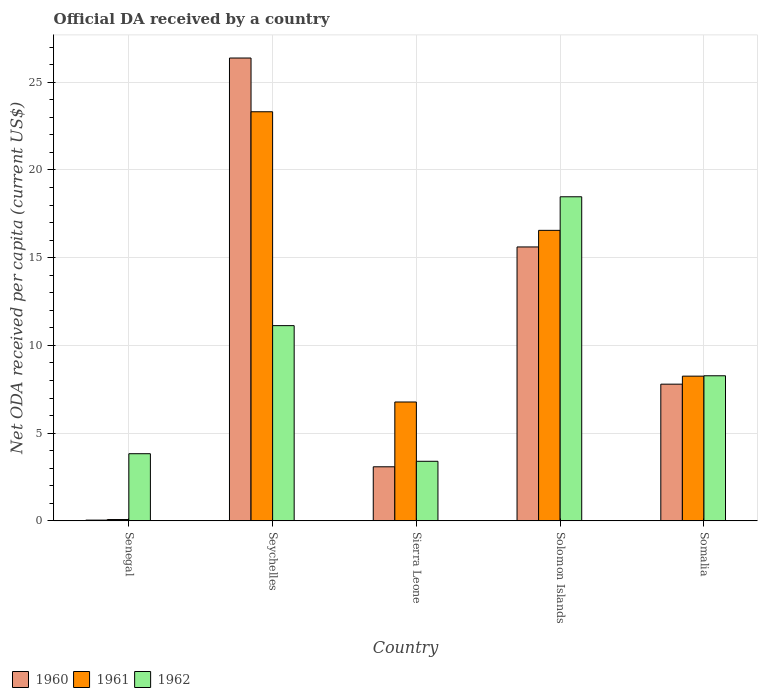
| Country | 1960 | 1961 | 1962 |
 | --- | --- | --- | --- |
 | Senegal | 0.0409 | 0.0735 | 3.83 |
 | Seychelles | 26.4 | 23.3 | 11.1 |
 | Sierra Leone | 3.08 | 6.77 | 3.39 |
 | Solomon Islands | 15.6 | 16.6 | 18.5 |
 | Somalia | 7.79 | 8.25 | 8.27 |